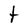
Character: t